Lunatic asylums Madras 1877-1891 - 1877-1891
Year: 1877
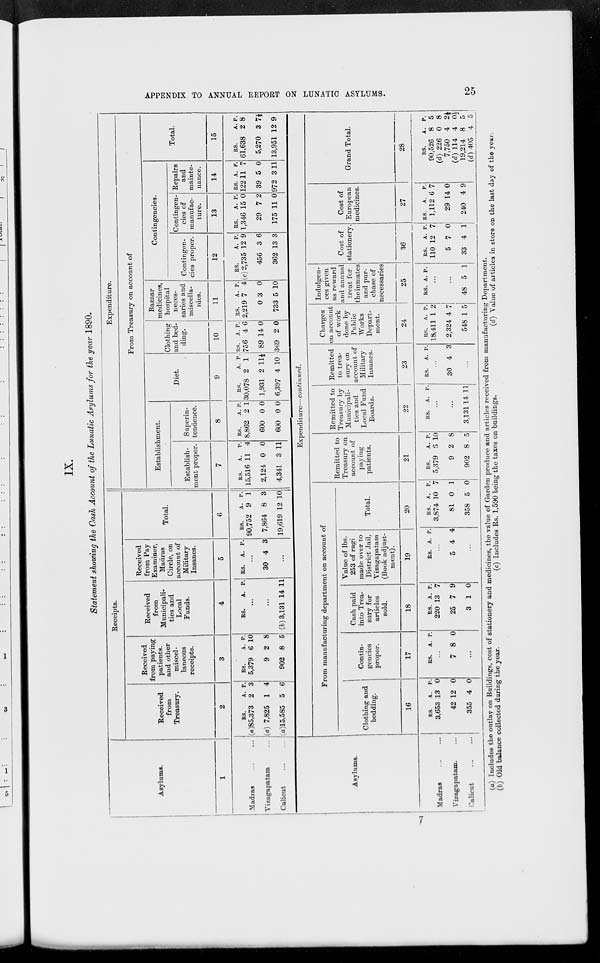
APPENDIX TO ANNUAL REPORT ON LUNATIC ASTLUMS.
25
IX.
Statement showing the Cash Account of the Lunatic Asylums for the year 1890.
Asylums.
1
Madras
...
...
Vizagapatam ...
Calicut ... ...
Receipts.
Received
from
Treasury.
2
Rs.
(a)85,373
(a) 7,825
(a)15,585
A.
2
1
5
P.
3
4
6
Received
from paying
patients.
and other
miscel-
laneons
receipts.
3
Rs.
5,379
9
902
A.
6
2
8
P.
10
8
5
Received
from
Municipali-
ties and
Local
Funds.
4
Rs.
A. P.
...
...
(b)3,131 14 11
Received
from Pay
Examiner,
Madras
Circle, on
account of
Military
Insanes.
5
Rs.
A. P.
...
30 4 3
...
Total.
6
Rs.
90,752
7,864
19,619
A.
9
8
12
P.
1
3
10
Expenditure.
From Treasury on account of
Establishment.
Establish-
ment proper.
7
Rs.
15,516
2,124
4,341
A.
11
0
3
P.
4
0
11
Superin-
tendence.
8
Rs.
8,862
600
600
A.
2
0
0
P.
1
0
0
Diet.
9
Rs.
30,078
1,931
6,397
A
2
2
4
P.
1
11½
10
Clothing
and bed-
ding.
10
Rs.
756
89
369
A.
4
14
2
P.
6
0
0
Bazaar
medicines,
hospital
neces-
saries and
miscella-
nies.
11
Rs.
2,219
0
733
A.
7
3
5
P.
4
0
10
Contingencies.
Contingen-
cies proper.
12
Rs.
(c) 2,735
456
362
A.
12
3
13
P.
9
6
3
Contingen-
cies of
manufac-
ture.
13
Rs.
1,346
29
175
A.
15
7
11
P.
0
2
0
Repairs
and
mainte-
nance.
14
Rs.
122
39
972
A.
11
5
3
P.
7
0
11
Total.
15
Rs.
61,638
5,270
13,951
A.
2
3
12
P.
8
7½
9
Asylums.
Madras
...
...
Vizagapatam ...
Calicut ... ...
Expenditure—continued.
From manufacturing department on account of
Clothing and
bedding.
16
Rs.
3,653
42
355
A.
13
12
4
P.
0
0
0
Contin-
gencies
proper.
17
Rs.
A. P.
...
7 8 0
...
Cash paid
into Trea-
sury for
articles
sold.
18
Rs.
220
25
3
A.
13
7
1
P.
7
9
0
Value of lbs.
253 of ragi
made over to
District Jail,
Vizagapatam
(Book adjust-
ment).
19
Rs. A. P.
...
5 4 4
...
Total.
20
Rs.
3,874
81
358
A.
10
0
5
P.
7
1
0
Remitted to
Treasury on
acconnt of
paying
patients.
21
Rs.
5,379
9
902
A.
6
2
8
P.
10
8
5
Remitted to
Treasury by
Municipali-
ties and
Local Fund
Boards.
22
Rs.
A. P.
...
...
3,131 14 11
Remitted
to trea-
sury on
account of
Military
Insanes.
23
Rs.
A P.
...
30 4 3
...
Charges
on account
of work
done by
Public
Works
Depart-
ment.
24
Rs.
18,411
2,324
548
A.
1
4
1
p.
2
7
5
Indulgen-
ces given
as reward
and annual
treat for
the inmates
and pur-
chase of
necessaries
25
Rs. A. P.
...
...
48 5 1
Cost Of
stationery.
26
Rs.
110
5
33
A.
12
7
4
P.
7
0
1
Cost of
European
medicines.
27
Rs.
1,112
29
240
A.
6
14
4
P.
7
0
9
Grand Total.
28
Rs.
90,526
(d) 226
7,750
(d) 114
19,214
(d) 405
A.
8
0
4
4
8
4
P.
5
8
2½
0½
5
5
(a) Includes the outlay on Buildings, cost of stationery and medicines, the value of Garden produce and articles received from manufacturing Department.
(b) Old balance collected during the year.
(c) Includes Rs. 1,590 being the taxes on buildings.
(d) Value of articles in store on the last day of the year.
7